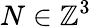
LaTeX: N\in\mathbb{Z}^{3}